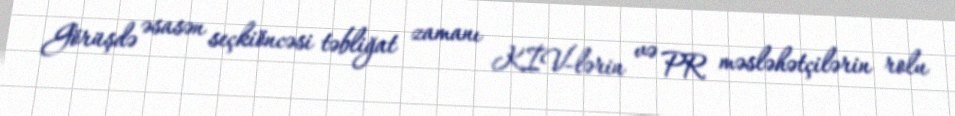
Görüşdə əsasən seçkiöncəsi təbliğat zamanı KİV-lərin və PR məsləhətçilərin rolu